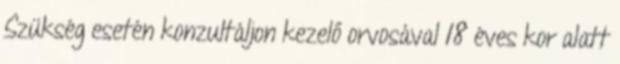
Szükség esetén konzultáljon kezelő orvosával 18 éves kor alatt